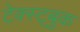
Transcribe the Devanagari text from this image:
टेक्स्ट्बुक